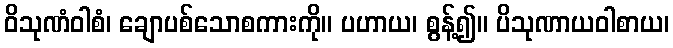
ဝိသုဏံဝါစံ၊ ချောပစ်သောစကားကို။ ပဟာယ၊ စွန့်၍။ ပိသုဏာယဝါစာယ၊